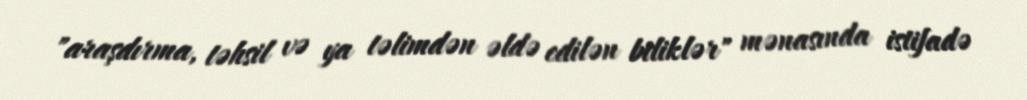
"araşdırma, təhsil və ya təlimdən əldə edilən biliklər" mənasında istifadə